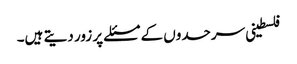
فلسطینی سرحدوں کے مسئلے پر زور دیتے ہیں۔